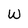
Character: W